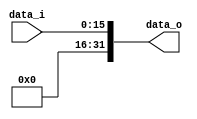
module Zero_Filled (
           data_i,
           data_o
       );

//I/O ports
input [16-1:0] data_i;
output [32-1:0] data_o;

//Internal Signals
reg [32-1:0] data_o;

//Zero_Filled
/*your code here*/
integer i;
always @*
begin
    for(i = 0; i < 16; i = i+1)
    begin
        data_o[i+16] = 1'b0;
        data_o[i] = data_i[i];
    end
end

endmodule